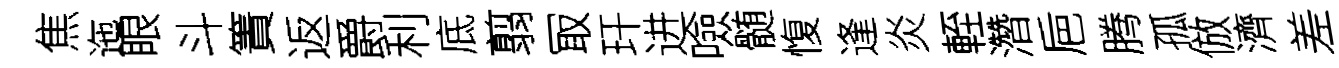
焦迤眼斗簀返爵利底翦冣玕进噞髄愎逢炎輊濳巵腾孤倣濟差